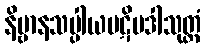
နိဗ္ဗာနသပ္ပါယပဋိပဒါသုတ္တံ